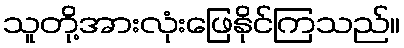
သူတို့အားလုံးဖြေနိုင်ကြသည်။